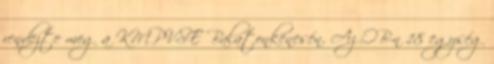
rendezte meg a KMPVSE Balatonkenesén. Az OB-n 18 egység